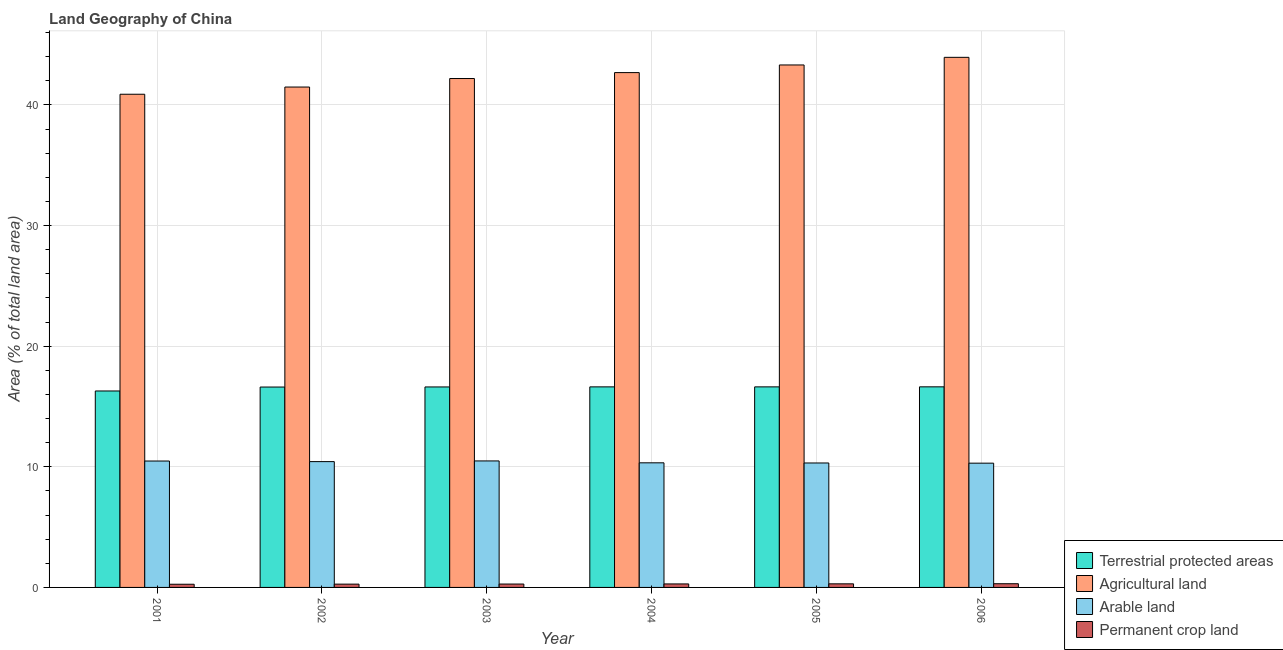
| Year | Terrestrial protected areas | Agricultural land | Arable land | Permanent crop land |
 | --- | --- | --- | --- | --- |
 | 2001 | 16.3 | 40.9 | 10.5 | 0.264 |
 | 2002 | 16.6 | 41.5 | 10.4 | 0.273 |
 | 2003 | 16.6 | 42.2 | 10.5 | 0.281 |
 | 2004 | 16.6 | 42.7 | 10.3 | 0.29 |
 | 2005 | 16.6 | 43.3 | 10.3 | 0.298 |
 | 2006 | 16.6 | 43.9 | 10.3 | 0.307 |